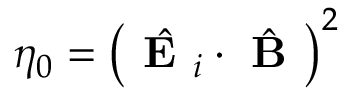
\eta _ { 0 } = \left( \hat { \textbf { E } _ { i } } \cdot \hat { \textbf { B } } \right) ^ { 2 }